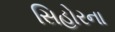
સિહોરના